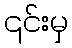
၎င်းမှ